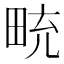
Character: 𪽒